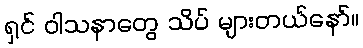
ရှင် ဝါသနာတွေ သိပ် များတယ်နော်။